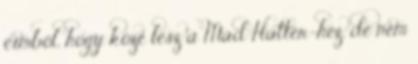
címből, hogy köze lesz a Mad Hatter-hez, de nem